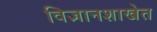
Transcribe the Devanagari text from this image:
विज्ञानशाखेत